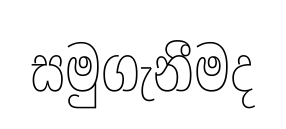
සමුගැනීමද